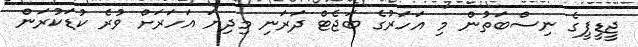
ޖީޑީޕީގެ ނިސްބަތުން މި އަހަރުގެ ބަޖެޓް ދަރަނި މިދިޔަ އަހަރަށް ވުރެ ކުޑަކުރަން